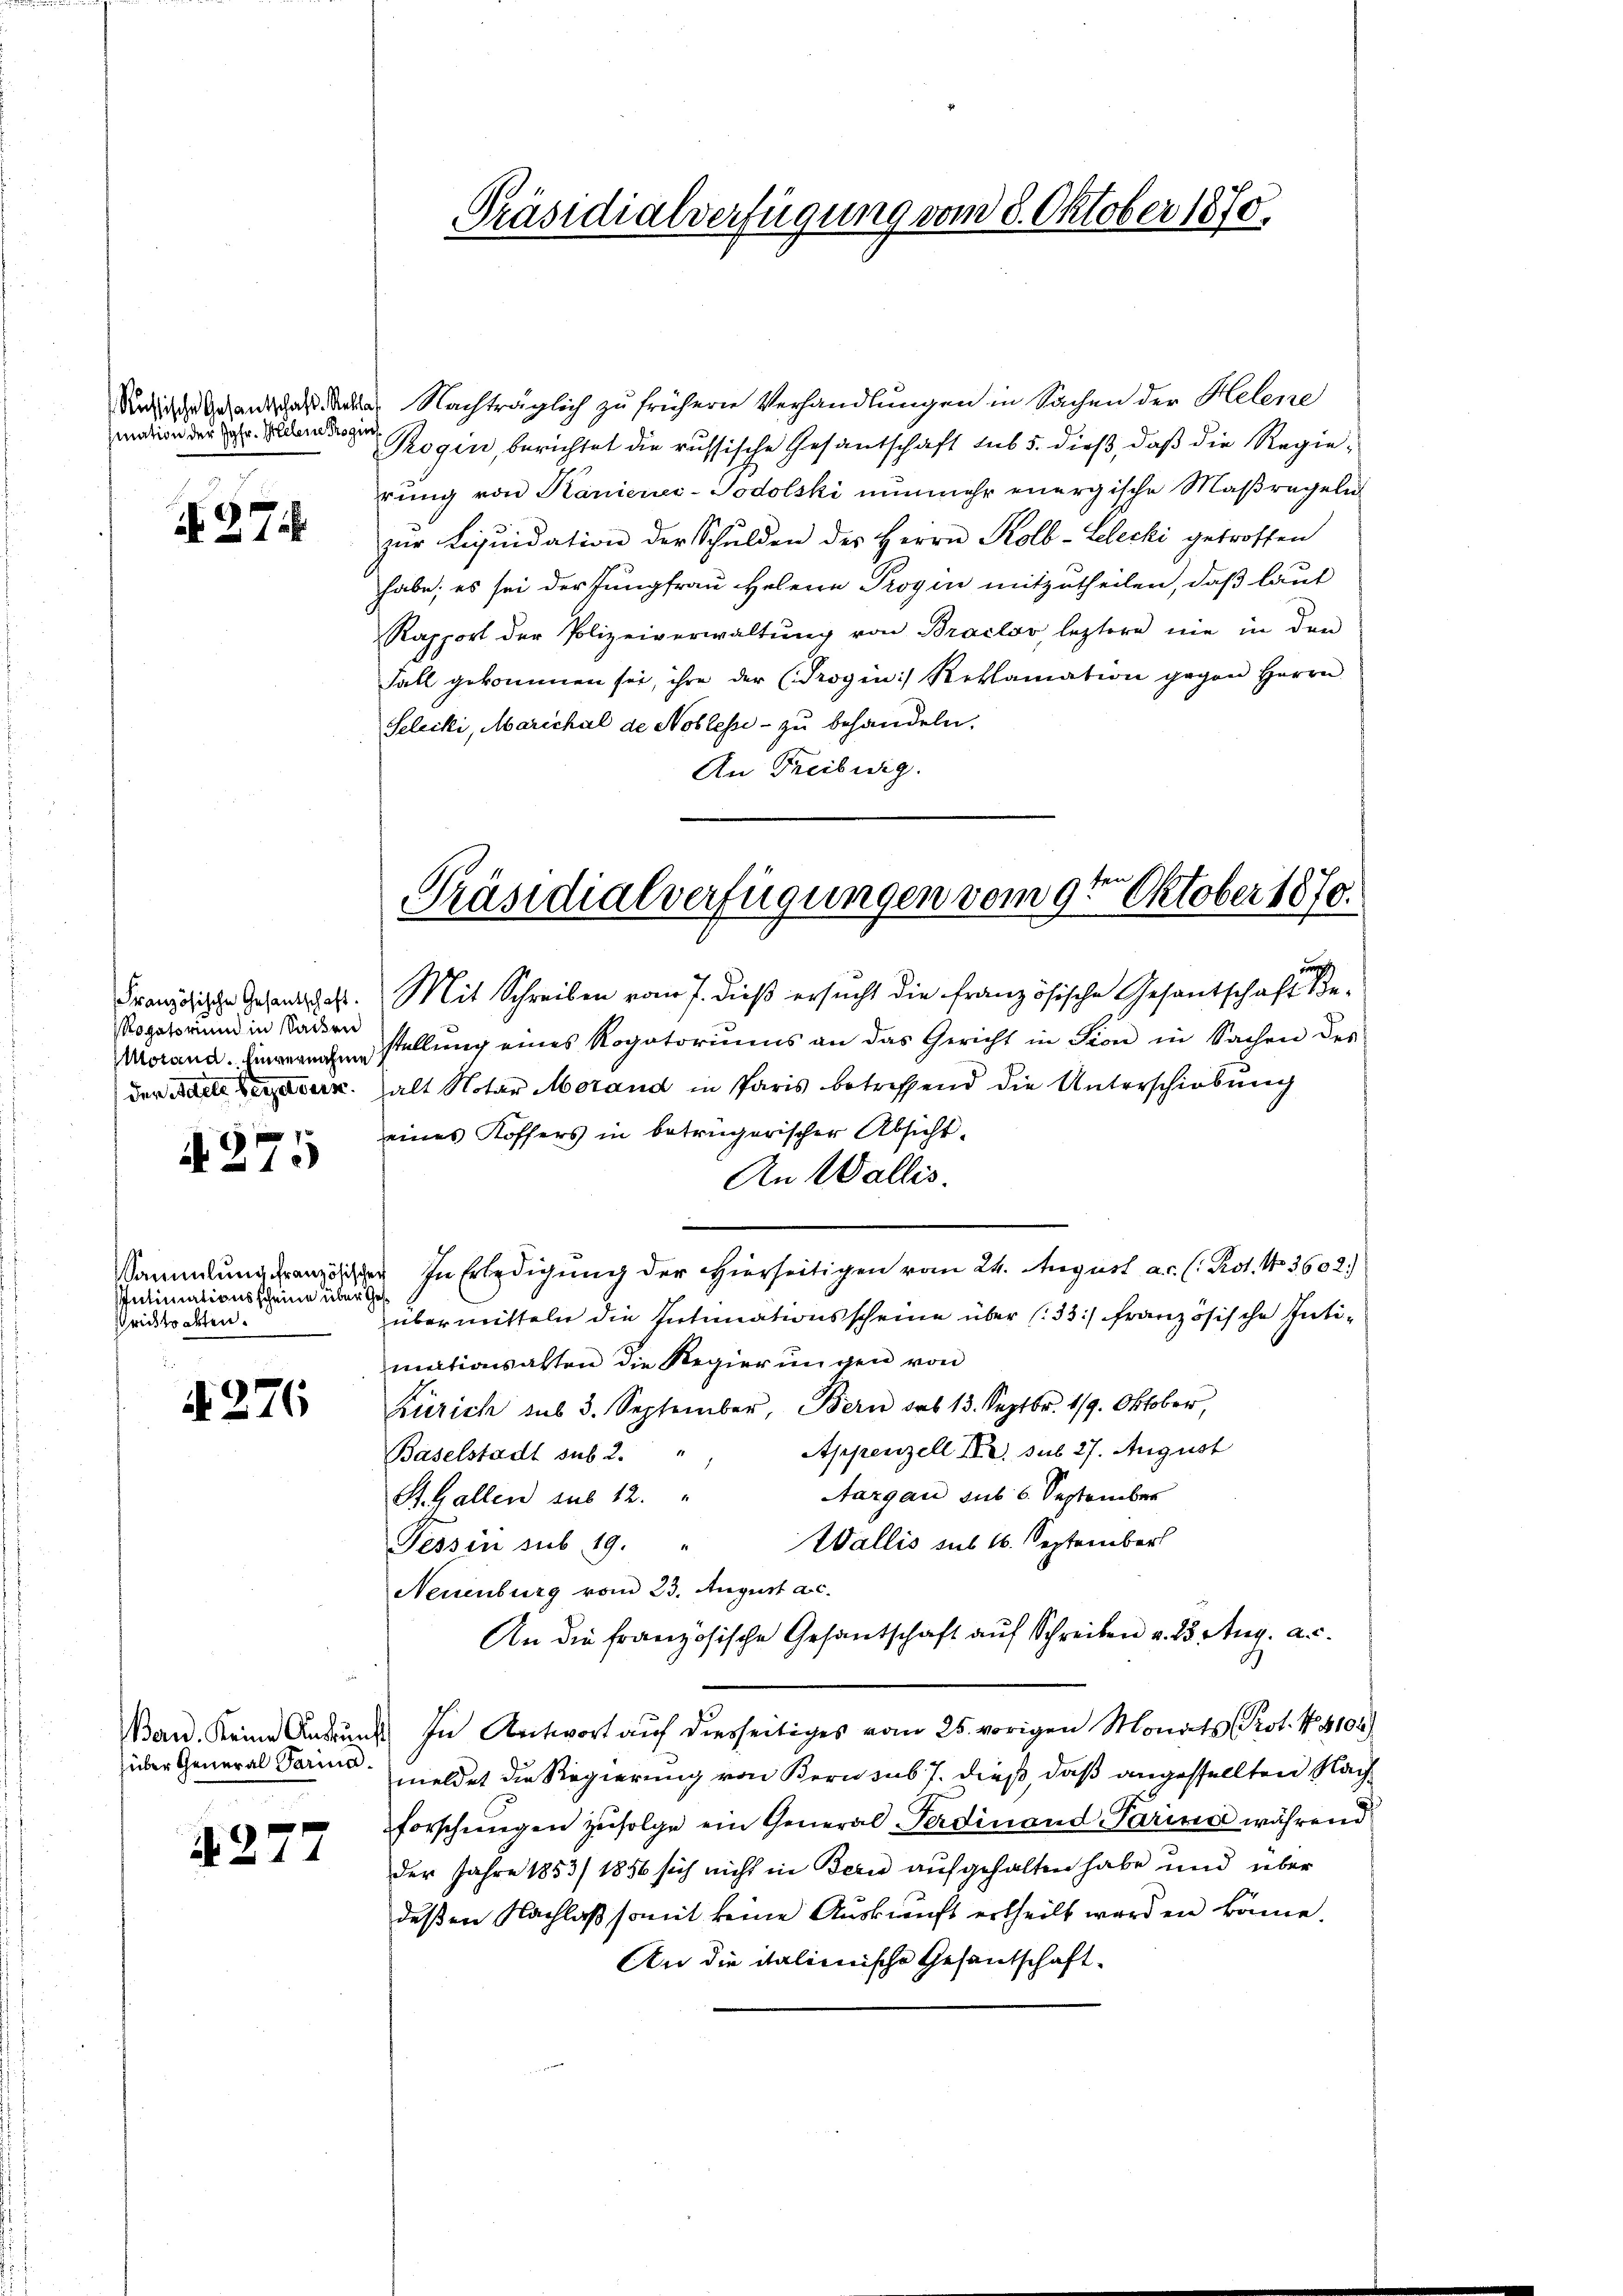
mation der Jgfr. Gelene Rogen

N 371

Französische Gesandschaft.
Rogatorium in Sacken
Morand. Einvernahme
der Adele Verzetders.

7
A 210

Sammlung französisc
Intimationsscheine über
srichtsakten.

§ 276

Band. Keine Ausrun
über General Parina.

i 277

Reisenschaft die Nachträglich zu frühern Verhandlungen in Sachen der Helene
Rogin, berichtet die russische Gesandschaft sub 5. dieß, daß die Regierung von Kaniener-Podolski nunmehr energische Maßregeln
zur Liquidation der Schulden des Herrn Kolb-Lelecki getroffen
habe; es sei der Jungfrau Helene Progen mitzutheilen, daß laut
Rapport der Polizeiverwaltŭng von Braclov, leztere nie in den
Fall gekommen sei, ihre der (Progin Reklamation gegen Herrn
Selecki, Marichal de Noblesse - zu behandeln.
An Freibeig

Präsidialverfügung vom 8. Oktober 1870.

Präsidialverfügungen vom 9ten Oktober 1870.

pr
Mit Schreiben vom 7. dieß ersucht die französische Gesantschaft destellung eines Rogatoriums an das Gericht in Fion in Sachen des
alt Notar Morand in Paris betreffend die Unterschiebung
eines Koffers in betrügerischer Absicht¬
An Wallis.
In Erledigung der Hierseitigen vom 24. August a.c. (: Prot. No 3602.
et
übermitteln die Intimationsscheine über 133) französische Intimationsalten die Regierungen von
Zürich sub 3. September, Bern das 13. Septbr. 119. Oktober,
Appenzell I. sub 27. August
Baselstadt sub 2. "
Aargau sub 6. September
St. Gallen sub 12. "
Wallis sub 16. September
Tessin sub 19. "
Neuenburg vom 23. August ac.
An die französische Gesantschaft auf Schreiben v. 25. Aug. a. c.
In Antwort auf diesseitiges vom 25. vorigen Monats Prot. N. 4102)
¬
meldet die Regierung von Bern sub 7. dieß, daß angestellten Nachforschungen zufolge ein General Ferdinand Parina während
der Jahre 1853/ 1856 sich nicht in Bern aufgehalten habe und über
deßen Nachlaß somit keine Auskunft ertheilt worden könne.
An die italienische Gesandschaft¬